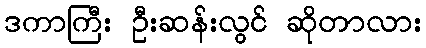
ဒကာကြီး ဦးဆန်းလွင် ဆိုတာလား